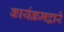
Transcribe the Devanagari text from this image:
कार्यक्रमद्वारे